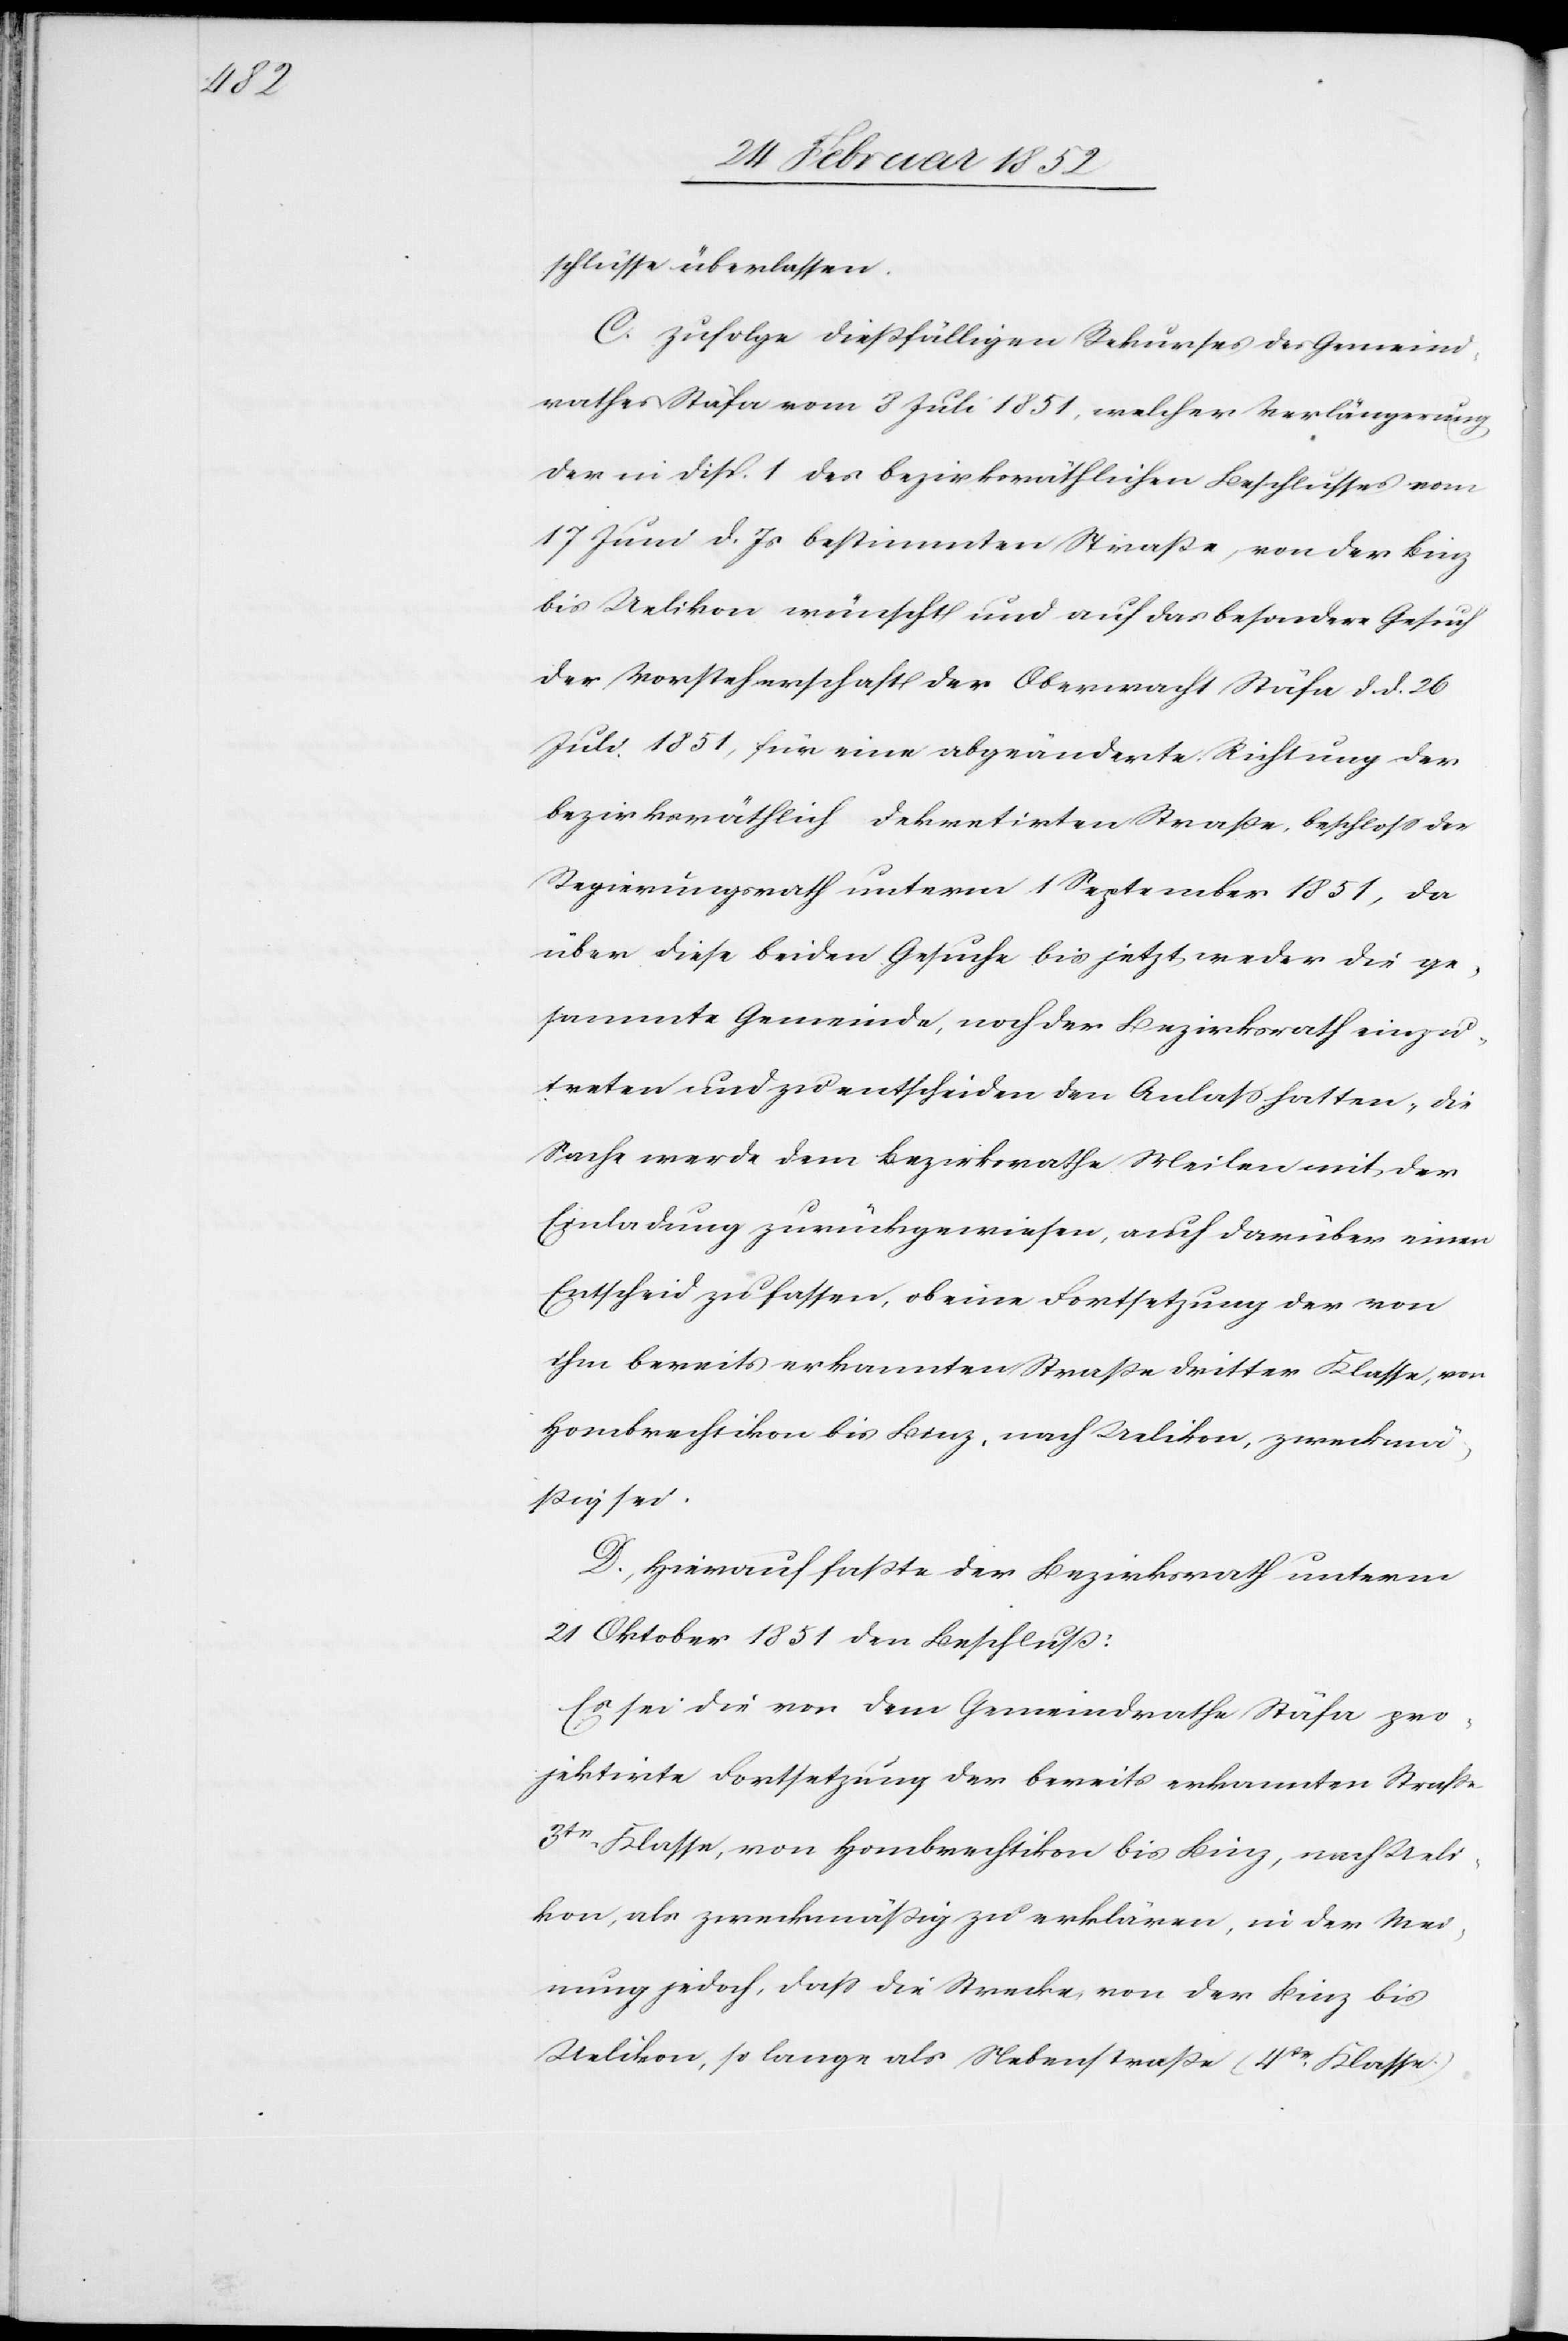
schlüsse überlassen.
C. Zufolge dießfälligen Rekurses des Gemeind¬
rathes Stäfa vom 8 Juli 1851, welcher Verlängerung
der in Disp. 1 des bezirksräthlichen Beschlusses vom
17 Juni d. Js bestimmten Straße, von der Binz
bis Uelikon wünscht und auf das besondere Gesuch
der Vorsteherschaft der Oberwacht Stäfa d. d. 26
Juli 1851, für eine abgeänderte Richtung der
bezirksräthlich dekretirten Straße, beschloß der
Regierungsrath unterm 1 September 1851, da
über diese beiden Gesuche bis jetzt weder die ge¬
sammte Gemeinde, noch der Bezirksrath einzu¬
treten und zu entscheiden den Anlaß hatten, die
Sache werde dem Bezirksrathe Meilen mit der
Einladung zurückgewiesen, auch darüber einen
Entscheid zu fassen, ob eine Fortsetzung der von
ihm bereits erkannten Straße dritter Klasse, von
Hombrechtikon bis Binz nach Uelikon, zweckmä¬
ßig sei.
D.) Hierauf faßte der Bezirksrath unterm
21 Oktober 1851 den Beschluß:
Es sei die vor dem Gemeindrathe Stäfa pro¬
jektirte Fortsetzung der bereits erkannten Straße
3te Klasse, von Hombrechtikon bis Binz, nach Ueli¬
kon, als zweckmäßig zu erklären, in der Mei¬
nung jedoch, daß die Strecke von der Binz bis
Uelikon, so lange als Nebenstraße (4te Klasse)